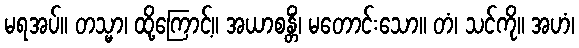
မရအပ်။ တသ္မာ၊ ထို့ကြောင့်။ အယာစန္တိံ၊ မတောင်းသော။ တံ၊ သင်ကို။ အဟံ၊